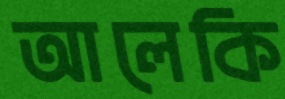
আলেকি